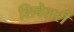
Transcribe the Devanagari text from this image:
शिवेलरी